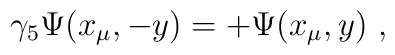
\gamma_5 \Psi(x_\mu, -y) = +\Psi(x_\mu, y)~,